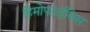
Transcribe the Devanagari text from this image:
हिमोपटाईसिस